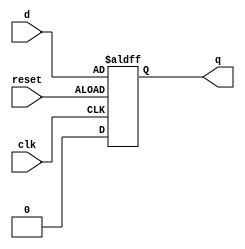
module edge_triggered_latch (
    input wire clk, // Clock signal
    input wire reset, // Reset signal
    input wire d, // Data input
    output reg q // Latched data output
);

always @(posedge clk or negedge reset) begin
    if (reset) begin
        q <= 1'b0; // Reset the latch
    end else begin
        q <= d; // Latch the input data on the rising or falling edge of the clock
    end
end

endmodule